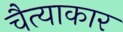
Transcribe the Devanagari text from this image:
चैत्याकार